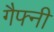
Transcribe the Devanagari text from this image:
गैफ्नी